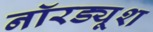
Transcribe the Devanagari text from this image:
नॉरड्यूश